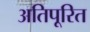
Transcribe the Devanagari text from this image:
अतिपूरित